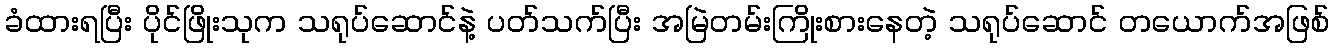
ခံထားရပြီး ပိုင်ဖြိုးသုက သရုပ်ဆောင်နဲ့ ပတ်သက်ပြီး အမြဲတမ်းကြိုးစားနေတဲ့ သရုပ်ဆောင် တယောက်အဖြစ်